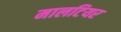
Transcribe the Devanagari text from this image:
मालटियर